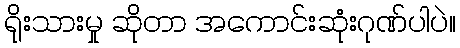
ရိုးသားမှု ဆိုတာ အကောင်းဆုံးဂုဏ်ပါပဲ။